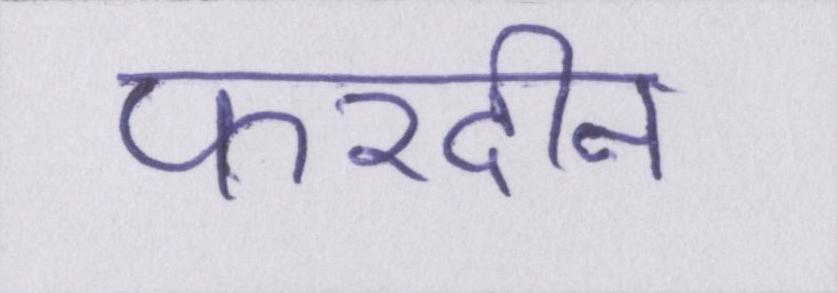
फरदीन